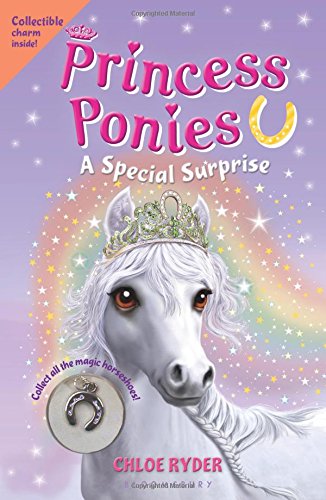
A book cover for Princess Ponies 7: A Special Surprise; Chloe Ryder; Children's Books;